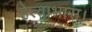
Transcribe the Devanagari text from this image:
हेत्वाभास।